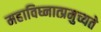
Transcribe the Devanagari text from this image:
महाविघ्नात्प्रमुच्यते